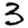
Digit: 3